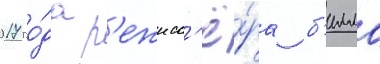
2017 го́да р'ежисс'ё́ра б'илла